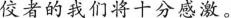
佼者的我们将十分感激。